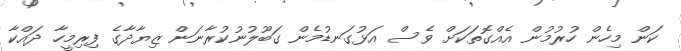
ކަން މިހެން ހުރުމުން އެއްގޮތަކަށް ވެސް އަޅުގަނޑުމެން ގަބޫލުނުކުރާނަން ޒިޔާދާގެ ފިރިމީހާ ދައްކާ